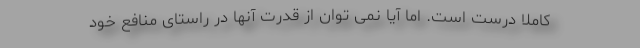
کاملا درست است. اما آیا نمی توان از قدرت آنها در راستای منافع خود